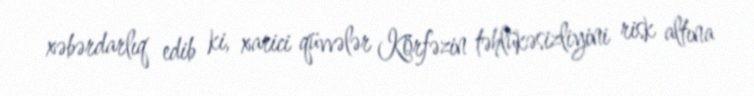
xəbərdarlıq edib ki, xarici qüvvələr Körfəzin təhlükəsizliyini risk altına